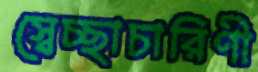
স্বেচ্ছাচারিণী